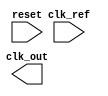
module SigmaDelta_PLL (
    input wire clk_ref,          // Reference clock input
    input wire reset,            // Asynchronous reset
    output wire clk_out          // PLL output clock
);

// Parameters for the PLL
parameter N = 8;                // Division factor for feedback
parameter DELTA_WIDTH = 4;      // Width of the sigma-delta modulator

// Internal signals
wire phase_detect_out;
reg [DELTA_WIDTH-1:0] delta_reg;
wire [DELTA_WIDTH-1:0] loop_filter_out;
wire [DELTA_WIDTH-1:0] vco_control;
wire vco_clk;

// Phase Detector (PFD)
always @(posedge clk_ref or posedge reset) begin
    if (reset) begin
        phase_detect_out <= 0;
    end else begin
        // PFD logic here (comparing clk_ref with feedback)
        // This is a placeholder for actual PFD implementation
    end
end

// Charge Pump
always @(posedge clk_ref or posedge reset) begin
    if (reset) begin
        delta_reg <= 0;
    end else begin
        // Charge pump logic based on phase detector output
        // This is a placeholder for actual charge pump implementation
        if (phase_detect_out) begin
            delta_reg <= delta_reg + 1; // Charge
        end else begin
            delta_reg <= delta_reg - 1; // Discharge
        end
    end
end

// Loop Filter (Simple Low-Pass Filter)
assign loop_filter_out = delta_reg; // Placeholder for filter implementation

// Voltage-Controlled Oscillator (VCO)
always @(posedge clk_ref or posedge reset) begin
    if (reset) begin
        vco_control <= 0;
    end else begin
        // VCO control logic based on loop filter output
        // This is a placeholder for actual VCO implementation
        vco_control <= loop_filter_out; // Control VCO based on filter output
    end
end

// Feedback Divider (N)
reg [N-1:0] feedback_counter;
always @(posedge vco_clk or posedge reset) begin
    if (reset) begin
        feedback_counter <= 0;
    end else if (feedback_counter == N-1) begin
        feedback_counter <= 0;
        // Feedback to PFD (this can be a separate signal)
    end else begin
        feedback_counter <= feedback_counter + 1;
    end
end

// Output Buffer
assign clk_out = vco_clk; // Buffered output clock

// Sigma-Delta Modulator
always @(posedge clk_ref or posedge reset) begin
    if (reset) begin
        // Reset logic for Sigma-Delta modulator
    end else begin
        // Implement sigma-delta modulation logic based on delta_reg
        // This is a placeholder for actual sigma-delta modulation
    end
end

endmodule